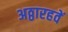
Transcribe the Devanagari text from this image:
अठ्ठारहवें